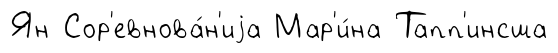
Ян Сор'евнова́н'иjа Мар'и́на Тапп'инсша